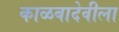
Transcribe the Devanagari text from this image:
काळबादेवीला